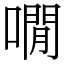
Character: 㗴